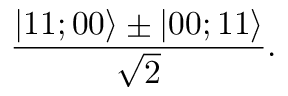
\frac { | 1 1 ; 0 0 \rangle \pm | 0 0 ; 1 1 \rangle } { \sqrt { 2 } } .